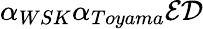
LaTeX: \alpha_{{WSK}}\alpha_{Toyama}\mathcal{E}\mathcal{D}